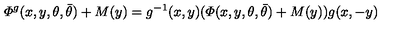
{ \mit \Phi } ^ { g } ( x , y , \theta , \bar { \theta } ) + M ( y ) = g ^ { - 1 } ( x , y ) ( { \mit \Phi } ( x , y , \theta , \bar { \theta } ) + M ( y ) ) g ( x , - y ) \,